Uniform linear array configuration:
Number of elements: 12
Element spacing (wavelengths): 0.25
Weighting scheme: exponential
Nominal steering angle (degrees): -30
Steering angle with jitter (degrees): -28.717
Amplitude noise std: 0.05
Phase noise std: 0.05

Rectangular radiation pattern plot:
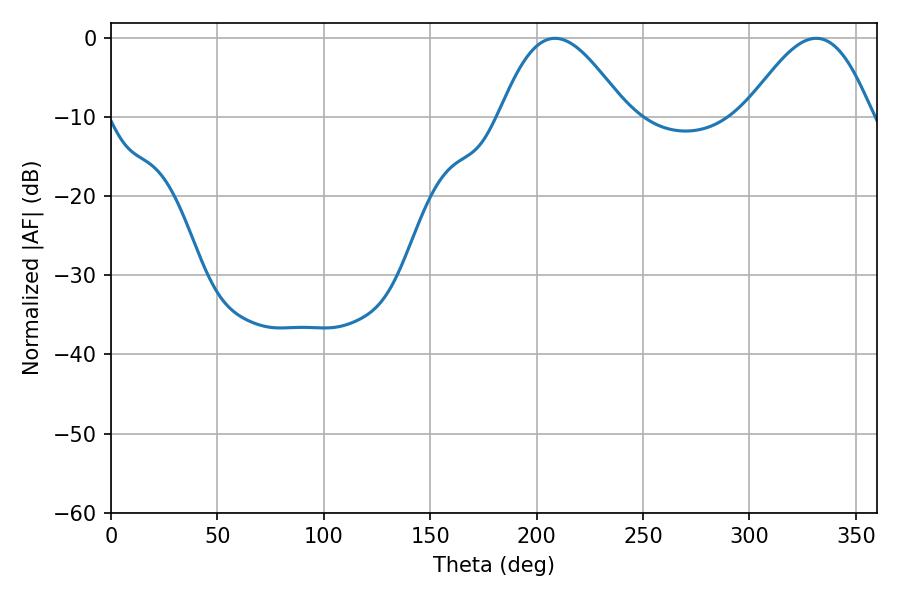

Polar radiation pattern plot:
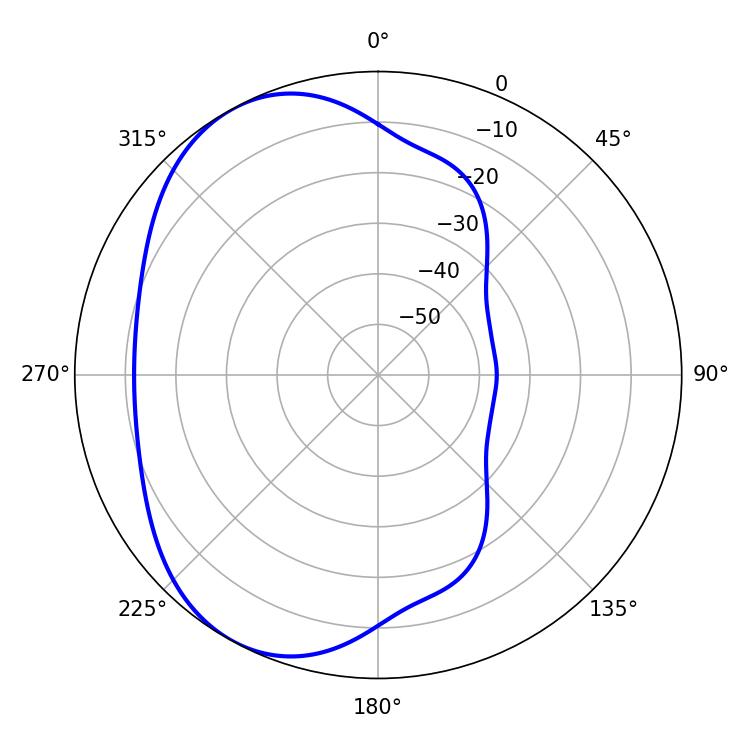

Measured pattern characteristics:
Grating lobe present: FALSE
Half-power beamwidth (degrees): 32.04
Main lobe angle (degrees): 208.62